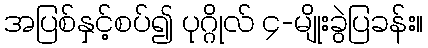
အပြစ်နှင့်စပ်၍ ပုဂ္ဂိုလ် ၄-မျိုးခွဲပြခန်း။